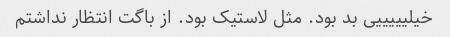
خیلیییییی بد بود. مثل لاستیک بود. از باگت انتظار نداشتم